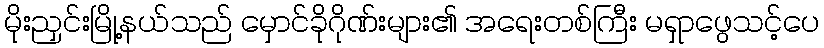
မိုးညှင်းမြို့နယ်သည် မှောင်ခိုဂိုဏ်းများ၏ အရေးတစ်ကြီး မရှာဖွေသင့်ပေ